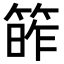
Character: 𥯭